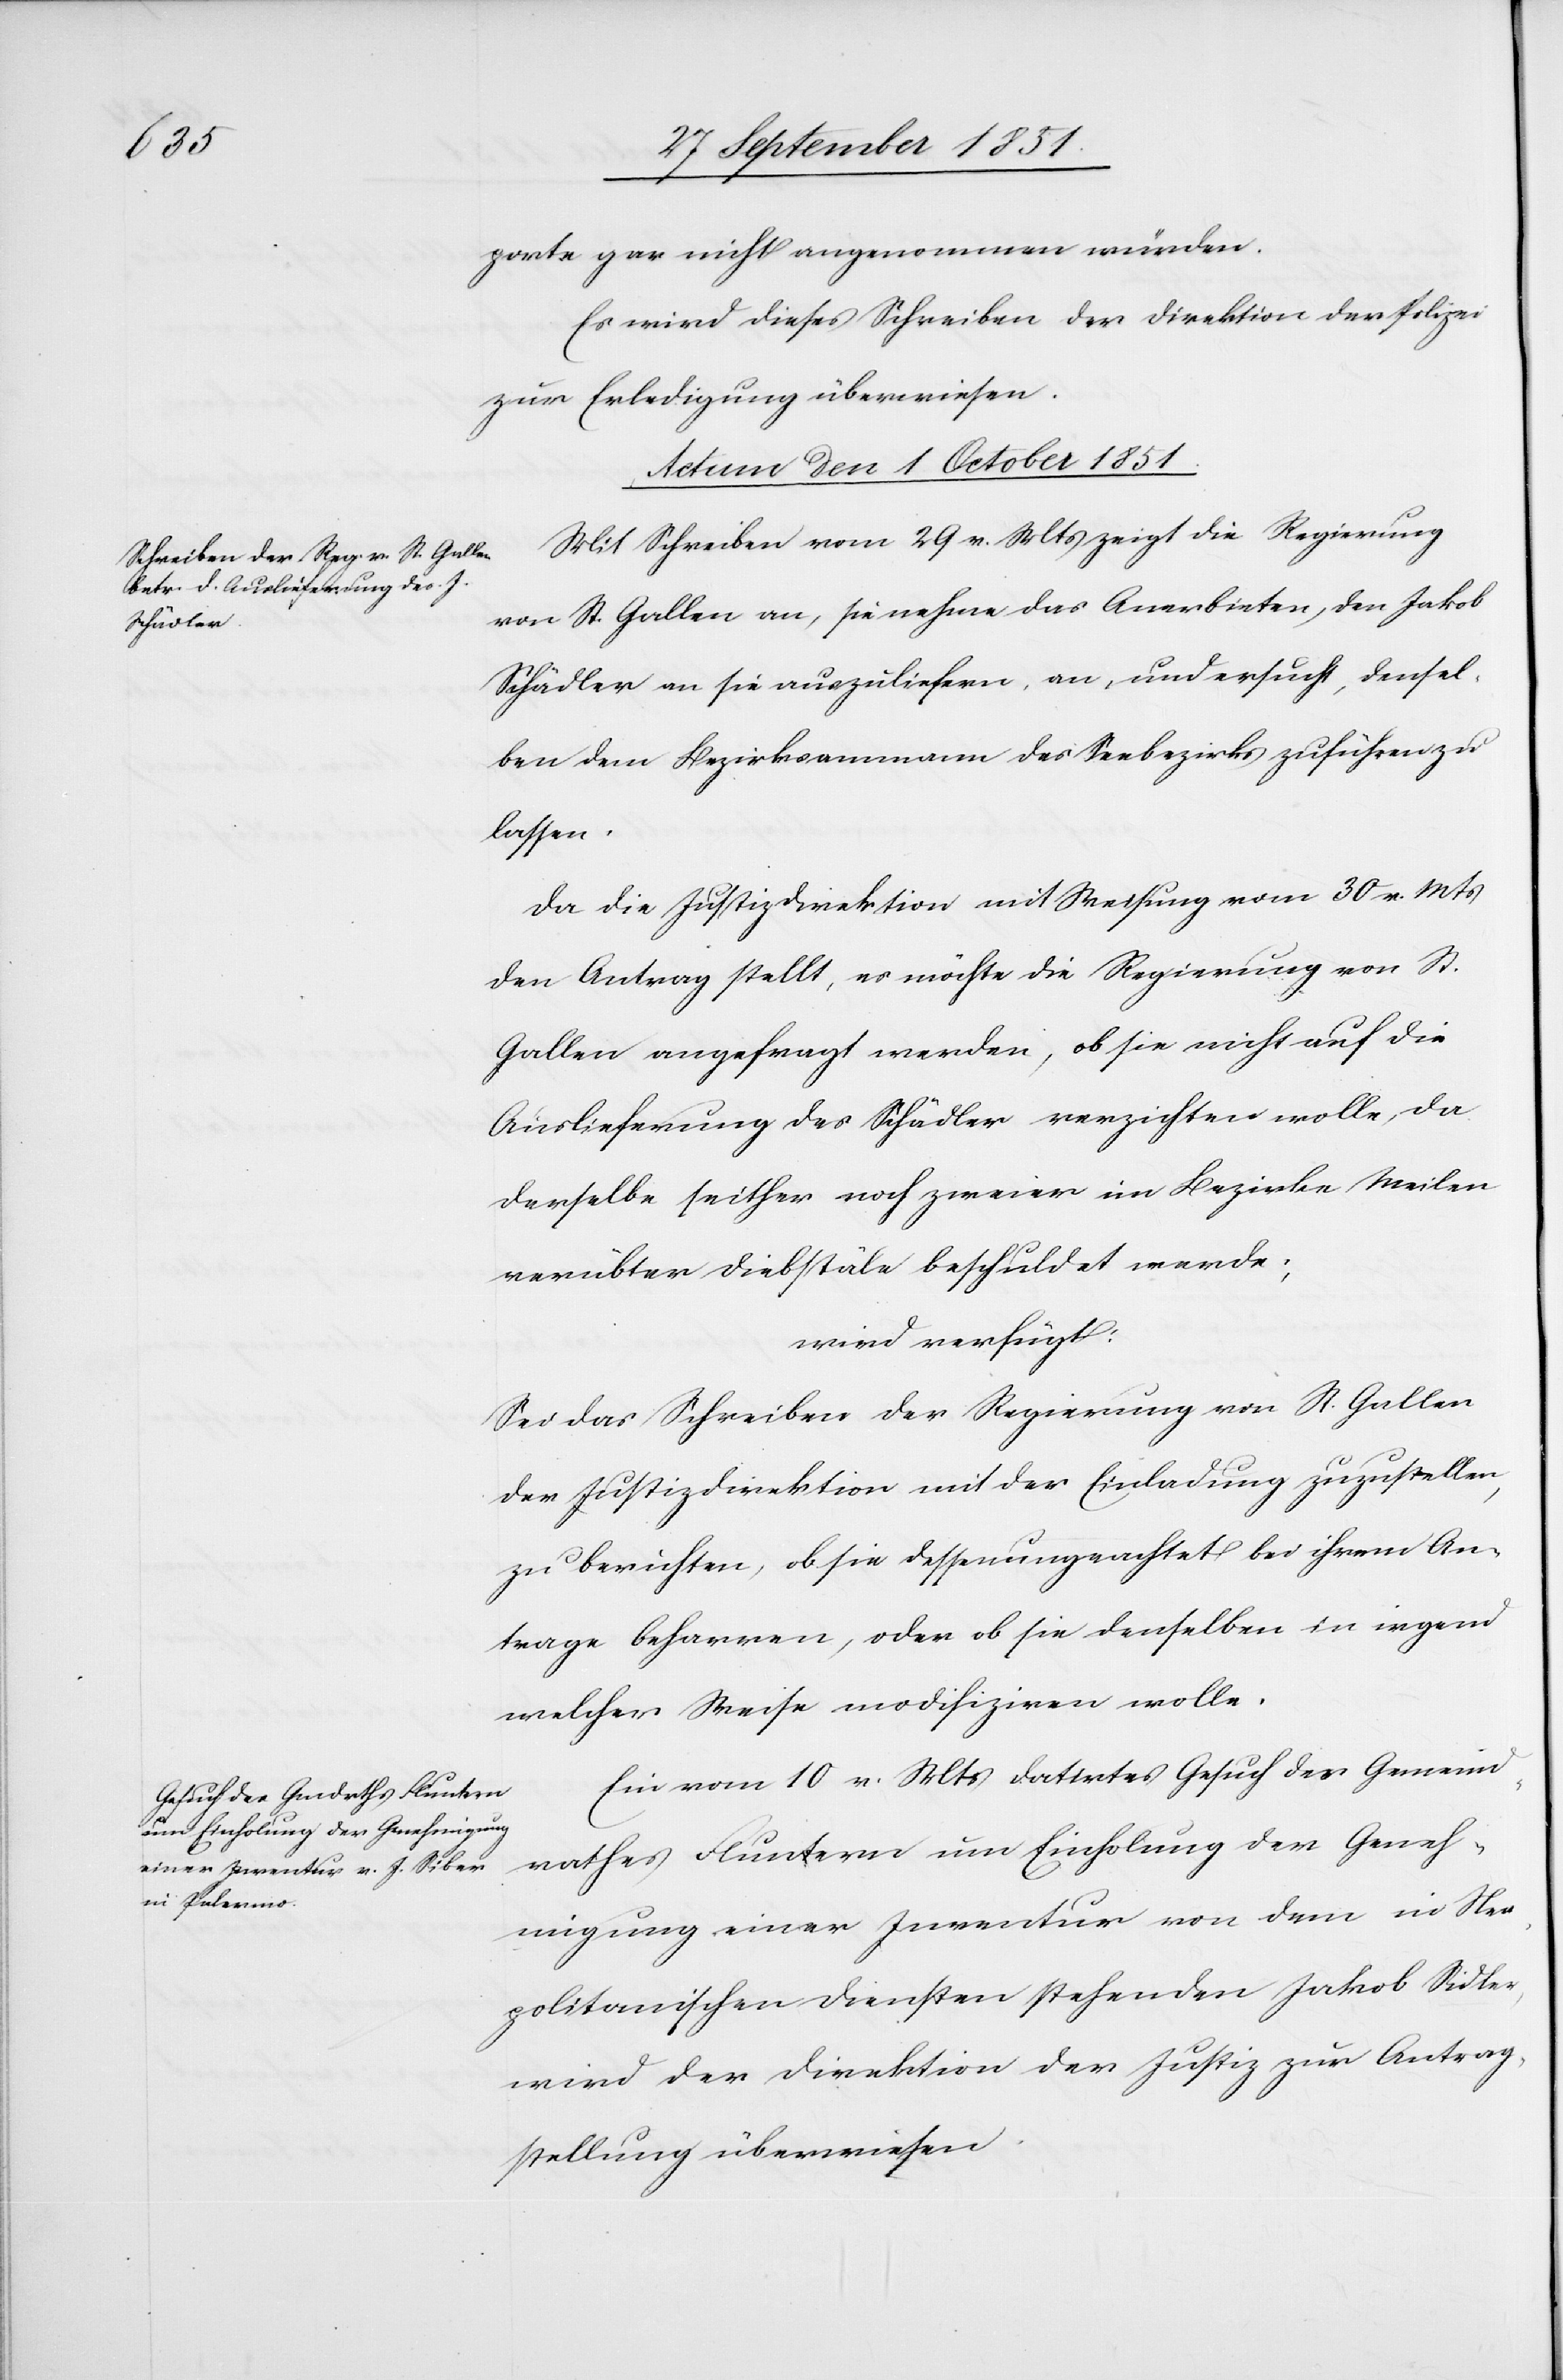
porte gar nicht angenommen würden.
Es wird dieses Schreiben der Direktion der Polizei
zur Erledigung überwiesen.
Actum den 1 October 1851.]
Mit Schreiben vom 29 v. Mts zeigt die Regierung
von St. Gallen an, sie nehme das Anerbieten, den Jakob
Schädler an sie auszuliefern, an, und ersucht, densel¬
ben dem Bezirksammann des Seebezirks zuführen zu
lassen.
Da die Justizdirektion mit Weisung vom 30 v. Mts
den Antrag stellt, es möchte die Regierung von St.
Gallen angefragt werden, ob sie nicht auf die
Auslieferung des Schädler verzichten wolle, da
derselbe seither noch zweier im Bezirke Meilen
verübter Diebstäle beschuldet werde;
wird verfügt:
Sei das Schreiben der Regierung von St. Gallen
der Justizdirektion mit der Einladung zuzustellen,
zu berichten, ob sie dessenungeachtet bei ihrem An¬
trage beharren, oder ob sie denselben in irgend
welcher Weise modifiziren wolle.
Ein vom 10 v. Mts datirtes Gesuch des Gemeind¬
rathes Fluntern um Einholung der Geneh¬
migung einer Inventur von dem in Nea¬
politanischen Diensten stehenden Jakob Sidler
wird der Direktion der Justiz zur Antrag¬
stellung überwiesen.